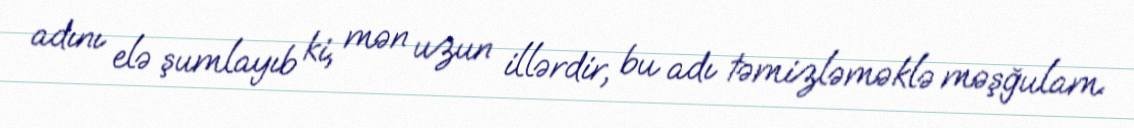
adını elə şumlayıb ki, mən uzun illərdir, bu adı təmizləməklə məşğulam.